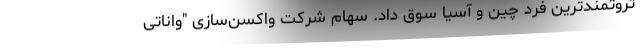
ثروتمندترین فرد چین و آسیا سوق داد. سهام شرکت واکسن‌سازی "واناتی